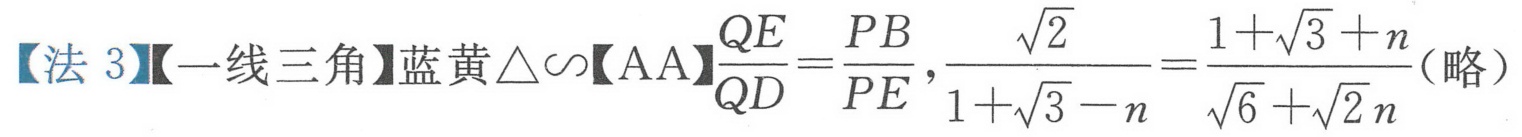
【法 3】【一线三角】蓝黄$\triangle\sim$【AA】$\frac{QE}{QD}=\frac{PB}{PE}$，$\frac{\sqrt{2}}{1 + \sqrt{3}-n}=\frac{1+\sqrt{3}+n}{\sqrt{6}+\sqrt{2}n}$（略）